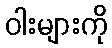
ဝါးများကို